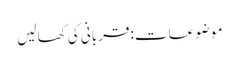
موضوعات:قربانی کی کھالیں